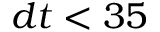
d t < 3 5